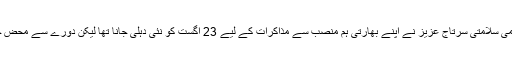
پاکستانی وزیراعظم نواز شریف کے مشیر برائے قومی سلامتی سرتاج عزیز نے اپنے بھارتی ہم منصب سے مذاکرات کے لیے 23 اگست کو نئی دہلی جانا تھا لیکن دورے سے محض چند گھنٹے قبل ہی یہ مذاکرات منسوخ کر دیے گئے۔